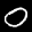
Label: 0